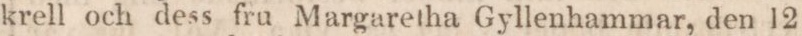
krell och dess fru Margaretha Gyllenhammar, den 12